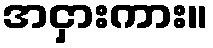
အငှားကား။